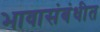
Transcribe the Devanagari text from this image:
भावासंबंधीत